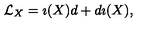
{ \cal L } _ { X } = \imath ( X ) d + d \imath ( X ) ,